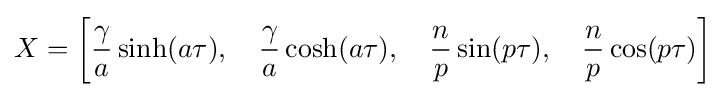
X=\left[{\frac {\gamma }{a}}\sinh(a\tau ),\quad {\frac {\gamma }{a}}\cosh(a\tau ),\quad {\frac {n}{p}}\sin(p\tau ),\quad {\frac {n}{p}}\cos(p\tau )\right]